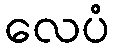
လေပံ